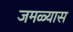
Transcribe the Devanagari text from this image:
जमळ्यास